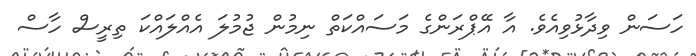
ހަސަން ވިދާޅުވިއެވެ. އާ އޭޕްރަންގެ މަސައްކަތް ނިމުން ޖުމުލަ އެއްލައްކަ ތިރީސް ހާސް